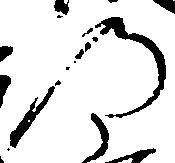
の